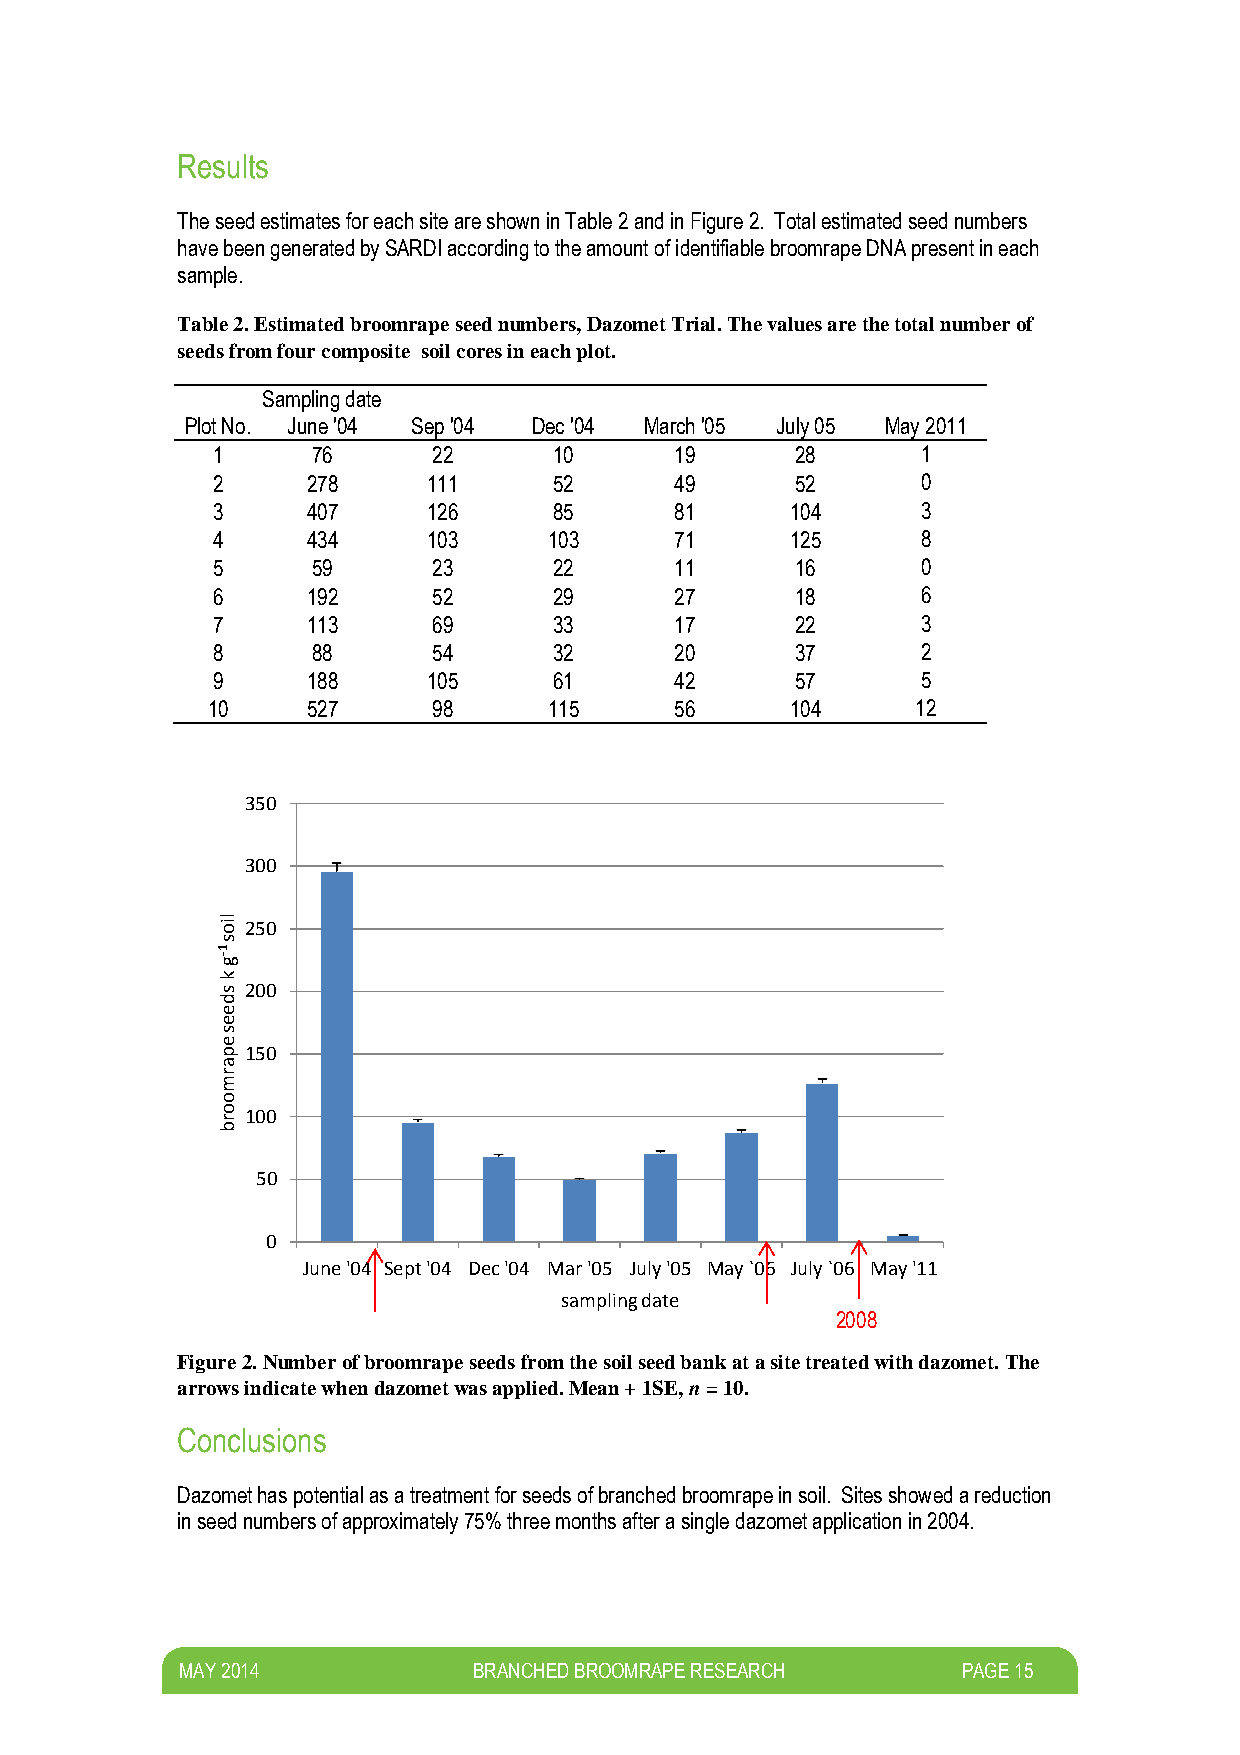
Results
 The seed estimates for each site are shown in Table 2 and in Figure 2. Total estimated seed numbers
 have been generated by SARDI according to the amount of identifiable broomrape DNA present in each
 sample.
 Table 2. Estimated broomrape seed numbers, Dazomet Trial. The values are the total number of
 seeds from four composite soil cores in each plot.
 Sampling date
 Plot No. June '04 Sep '04 Dec '04 March '05 July 05 May 2011
 1      76      22      10      19      28      1
 2     278     111      52      49      52      0
 3     407     126      85      81     104      3
 4     434     103     103      71     125      8
 5      59      23      22      11      16      0
 6     192      52      29      27      18      6
 7     113      69      33      17      22      3
 8      88      54      32      20      37      2
 9     188     105      61      42      57      5
 10    527      98     115      56     104      12
 350
 300
 lio 250
 s
 1
 -g
 k
 s 200
 d
 e
 e
 s
 e
 p 150
 a
 r
 m
 o
 o
 r
 100
 b
 50
 0
 June '04 Sept '04 Dec '04 Mar '05 July '05 May `06 July `06 May '11
 sampling date
 2008
 Figure 2. Number of broomrape seeds from the soil seed bank at a site treated with dazomet. The
 arrows indicate when dazomet was applied. Mean + 1SE, n = 10.
 Conclusions
 Dazomet has potential as a treatment for seeds of branched broomrape in soil. Sites showed a reduction
 in seed numbers of approximately 75% three months after a single dazomet application in 2004.
 M AY 2014          BRANCHED BROOMRAPE RESEARCH      PAGE 15